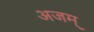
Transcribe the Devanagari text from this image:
अजम्